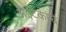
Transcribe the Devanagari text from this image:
अॅझ्टेकांचे